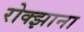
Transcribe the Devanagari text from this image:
रोक्झाना